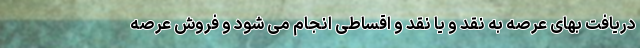
دریافت بهای عرصه به نقد و یا نقد و اقساطی انجام می شود و فروش عرصه